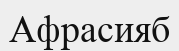
Афрасияб